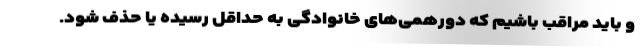
و باید مراقب باشیم که دورهمی‌های خانوادگی به حداقل رسیده یا حذف شود.